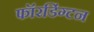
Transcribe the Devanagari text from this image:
फॉरडिंग्टन